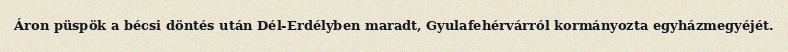
Áron püspök a bécsi döntés után Dél-Erdélyben maradt, Gyulafehérvárról kormányozta egyházmegyéjét.